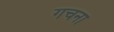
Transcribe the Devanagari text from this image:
गचना